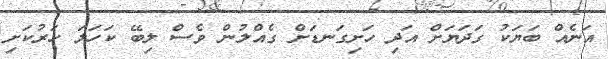
އަނެއް ބަޔަކު ގަދަޔަށް އަދި ހަށިގަނޑަށް ގެއްލުން ވެސް ލިބޭ ކަހަލަ ހަރުކަށި